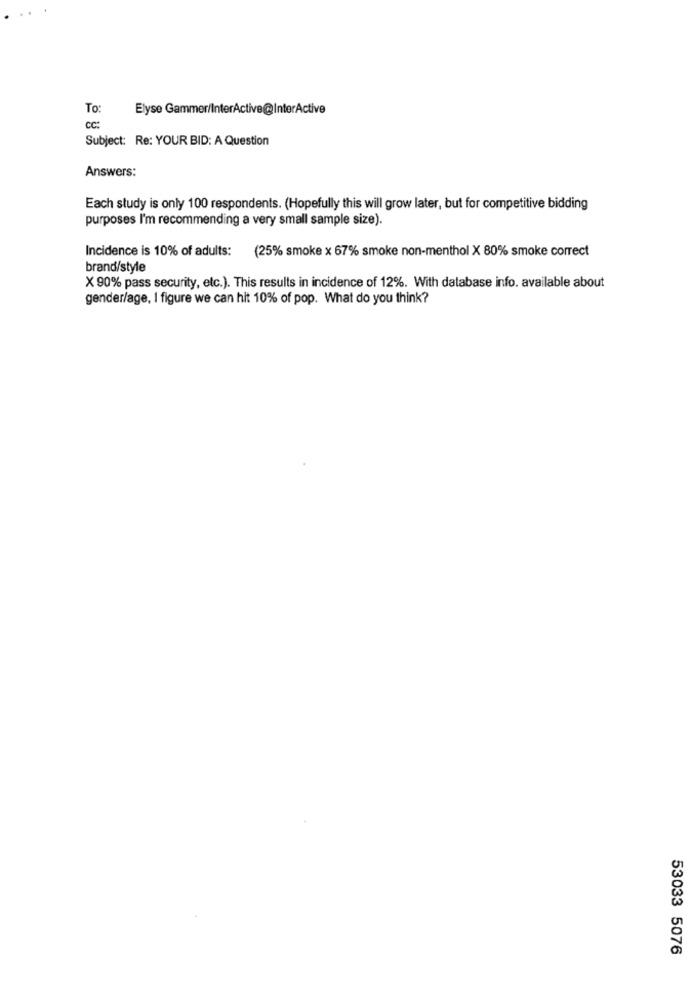
To:
Elyse Gammer/InterActive@InterActive
CC:
Subject: Re: YOUR BID: A Question
Answers:
Each study is only 100 respondents. (Hopefully this will grow later, but for competitive bidding
purposes I'm recommending a very small sample size).
Incidence is 10% of adults:
(25% smoke x 67% smoke non-menthol X 80% smoke correct
brand/style
X 90% pass security, etc.). This results in incidence of 12%. With database info. available about
gender/age, I figure we can hit 10% of pop. What do you think?
53033 5076